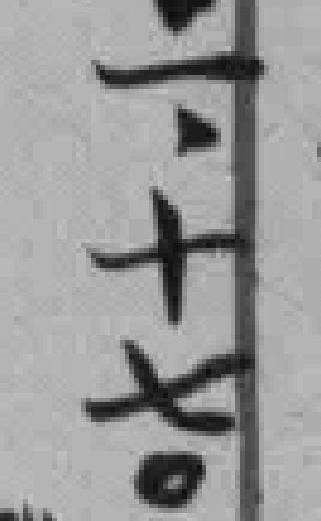
一十七